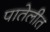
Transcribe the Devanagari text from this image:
पातेलीत